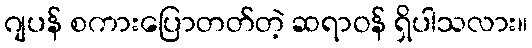
ဂျပန် စကားပြောတတ်တဲ့ ဆရာဝန် ရှိပါသလား။